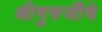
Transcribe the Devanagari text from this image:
श्रीगुरुजींचे